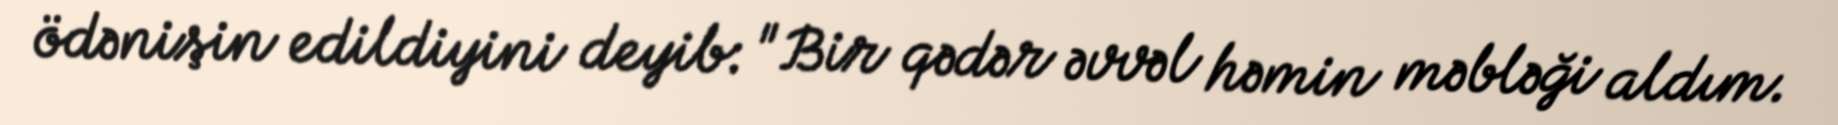
ödənişin edildiyini deyib: "Bir qədər əvvəl həmin məbləği aldım.